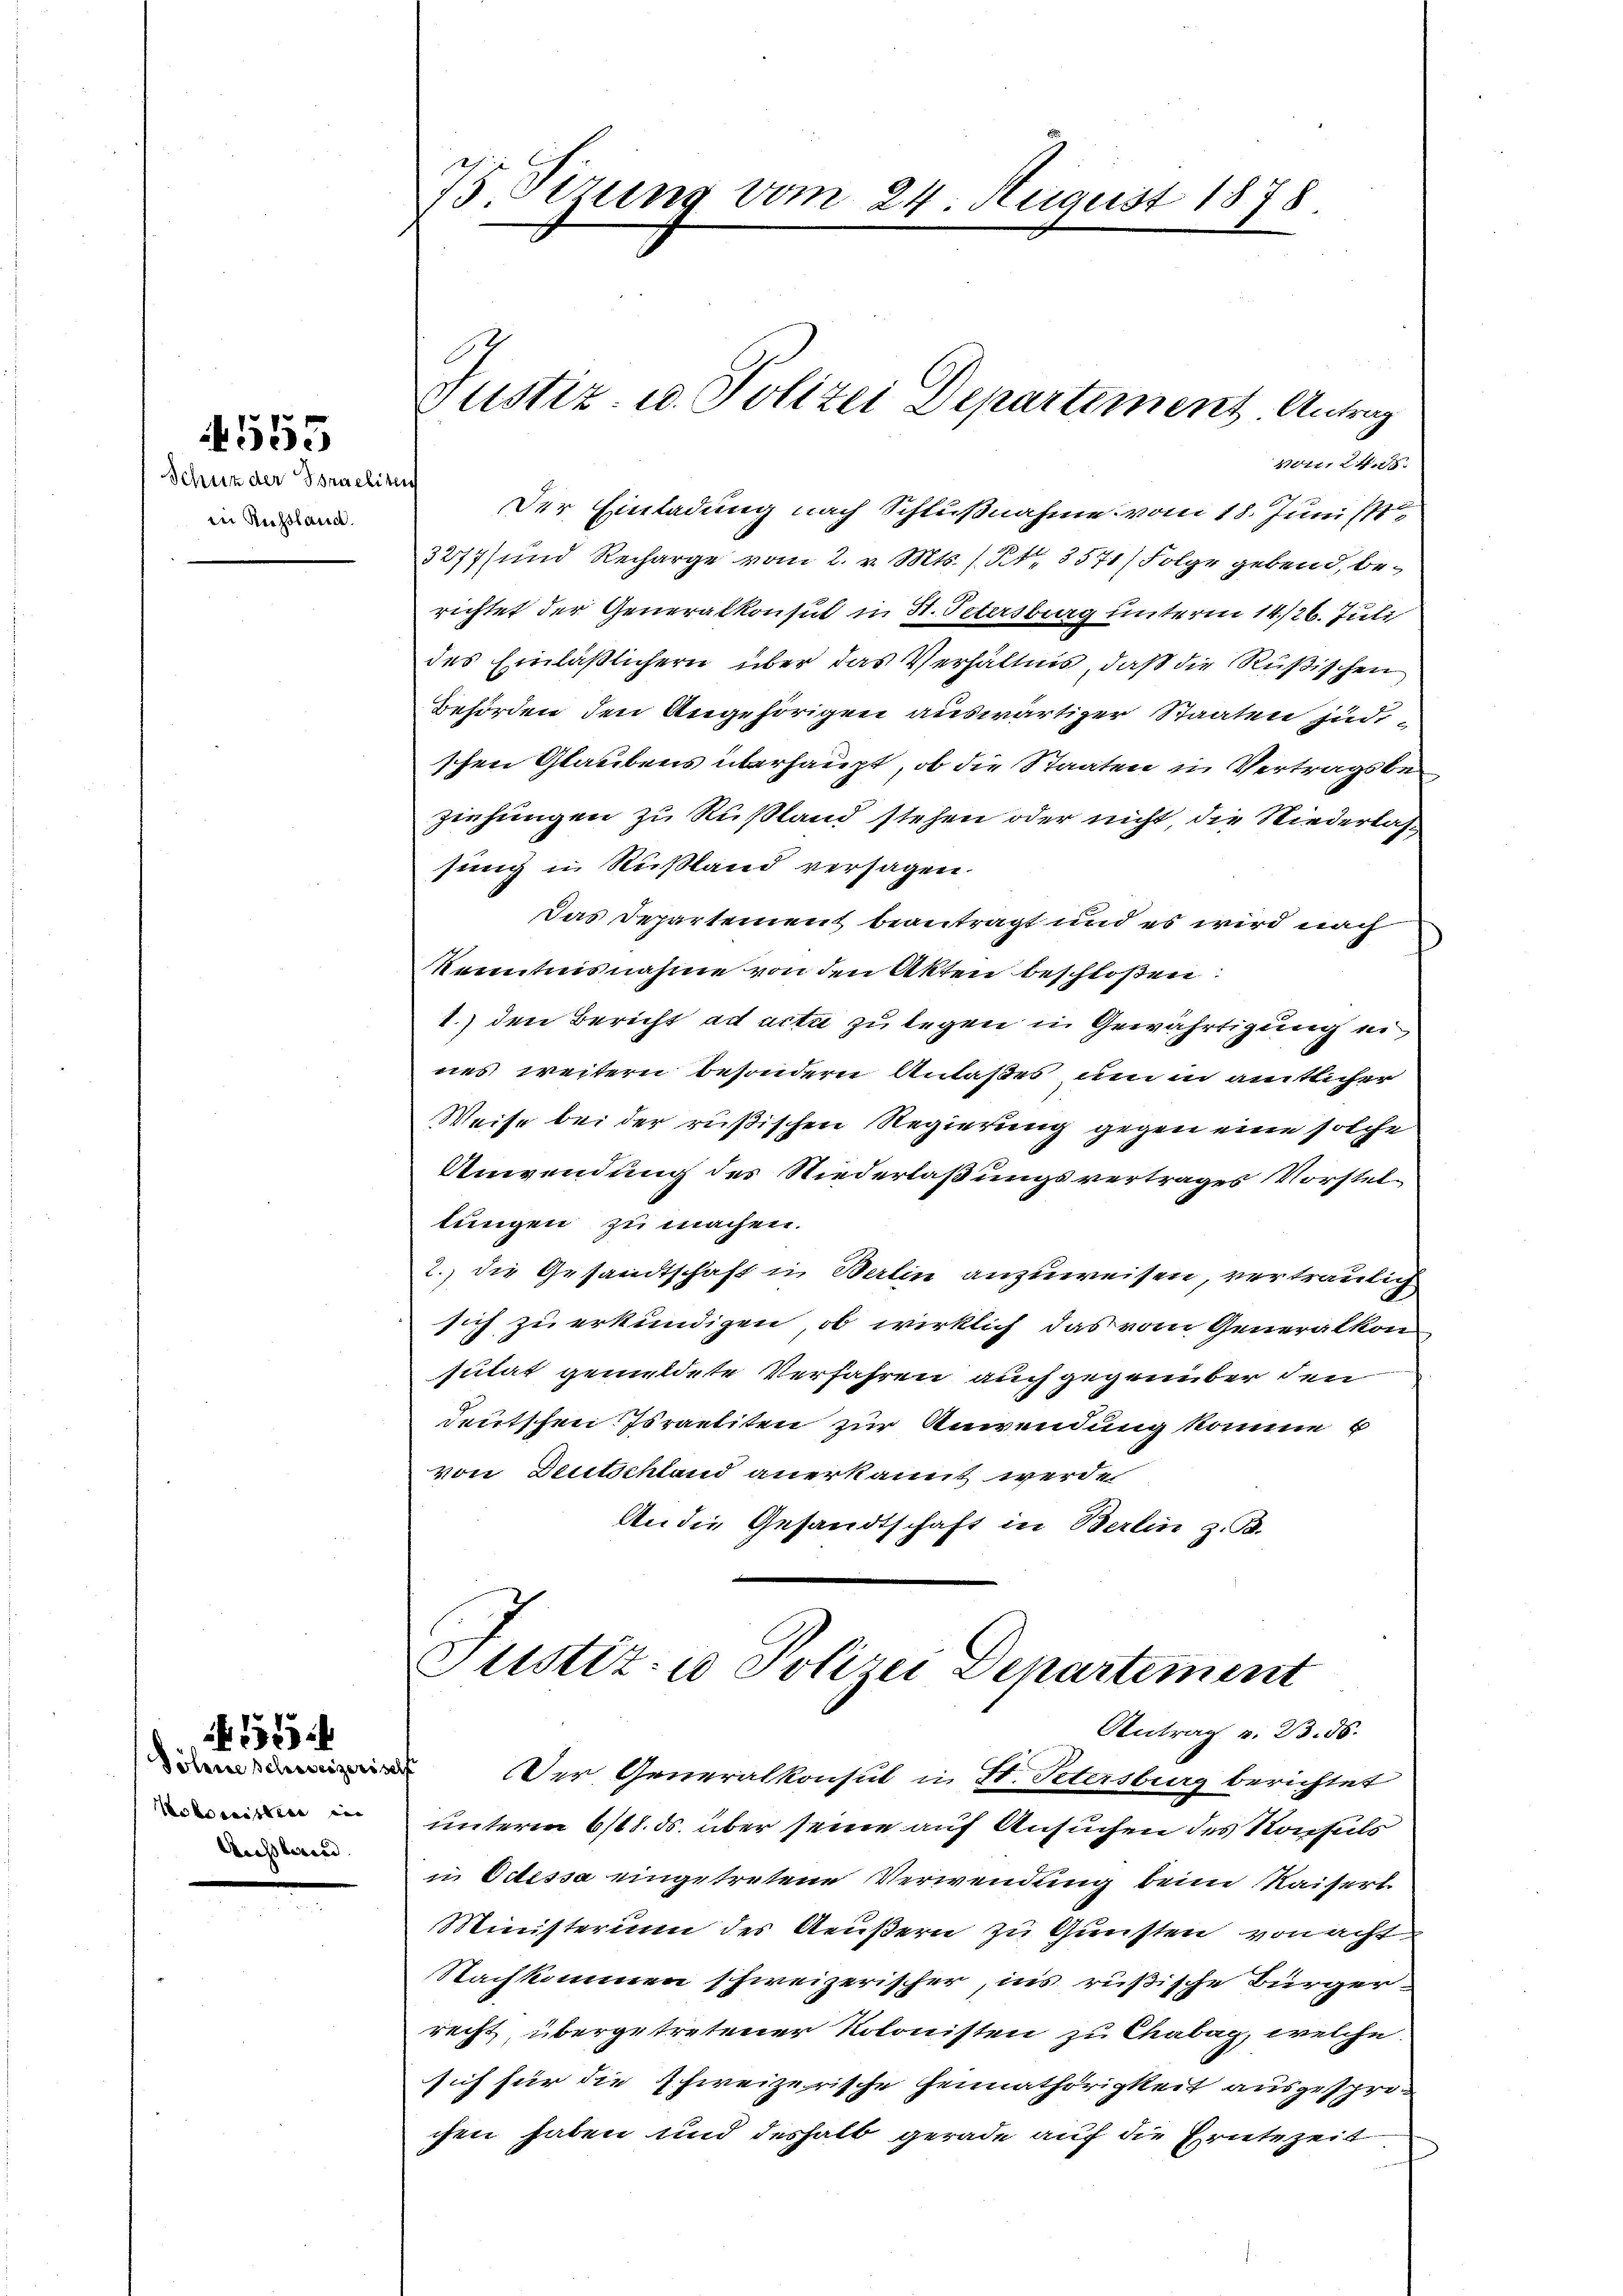
Schutz der Straeliten
in Russland.

555

Söhne Schweizeris
Kobereistler in
Ausland.

75. Sizung vom 24. August 1878.

1104. 245

Der Einladung nach Schlußnahme vom 18. Junist
3277 und Recharge vom 2. v. Mts. (S. 3571/ Folge gebend, berichtet der Generalkonsul in St. Petersburg unterm 14./26. Juli
des Einläßlichern über das Verhältnis, daß die Rußischen
Behörden den Angehörigen auswärtiger Staaten jüdischen Glaubens überhaupt, ob die Staaten in Vertragsbeziehungen zu Rußland stehen oder nicht, die Niederlassung in Rußland versagen.
Das Departement beantragt und es wird nach
Kenntnisnahme von den Akten beschloßen:
1.) den Bericht ad acta zu legen in Gewährtigung ei
nes weitern besondern Anlaßes um in amtlicher
Weise bei der rußischen Regierung gegen eine solche
Anwendung des Niederlaßungsvertrages Vorstellungen zu machen.
2.) die Gesandtschaft in Berlin anzuweisen, vertraulich
sich zu erkundigen, ob wirklich das vom Generalkon
sutat gemildete Verfahren auch gegenüber den
deutschen Israeliten zur Anwendung komme b
von Deutschland anerkannt werde
An die Gesandtschaft in Berlin z. B.

Justiz- u. Polizei Departiment Antrag

Justiz- u Polizei Departement
Antrag v. 23. 56.

des
Der Generalkonsul in St. Petersburg berichtet
unterm 6/18. ds. über seine auf Ansuchen des Konsuls
in Odessa eingetretene Verwendung beim Kaisert
Ministerium des Aeußern zu Gunsten von acht
Nachkommen schweizerischer, ins rußische Bürgerrecht übergetretener Kolonisten zu Chabag, welche
sich für die schweizerische Hennathörigkeit ausgesprochen haben und deshalb gerade auf die Erntezeit